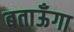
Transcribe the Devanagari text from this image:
बताऊँगा